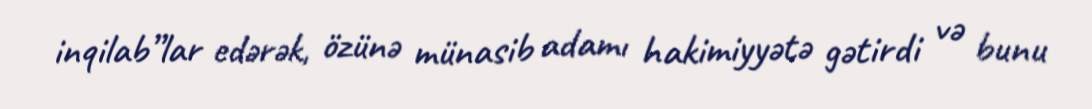
inqilab”lar edərək, özünə münasib adamı hakimiyyətə gətirdi və bunu